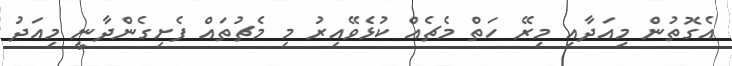
އެގޮތުން މިއަދާއި މިރޭ ހަތް މެޗެއް ކުޅެވޭއިރު މި މެޗުތައް ފެށިގެންދާނީ މިއަދު